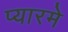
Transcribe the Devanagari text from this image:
प्यारमे